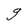
Character: g